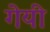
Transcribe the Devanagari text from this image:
गेयी